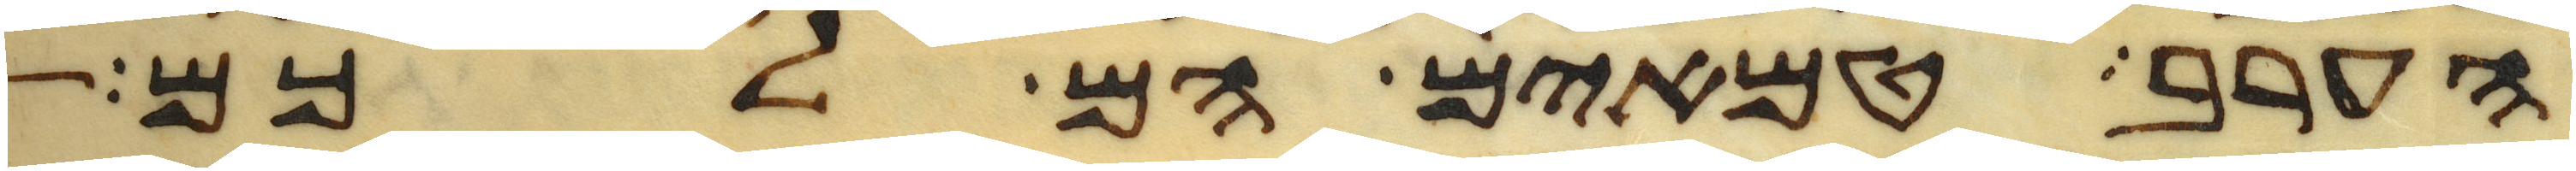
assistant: הערב טמאים הם לכם